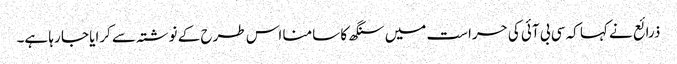
ذرائع نے کہا کہ سی بی آئی کی حراست میں سنگھ کا سامنا اس طرح کے نوشتہ سے کرایا جا رہا ہے۔